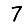
Digit: 7